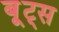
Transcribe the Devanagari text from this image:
बू्ट्स